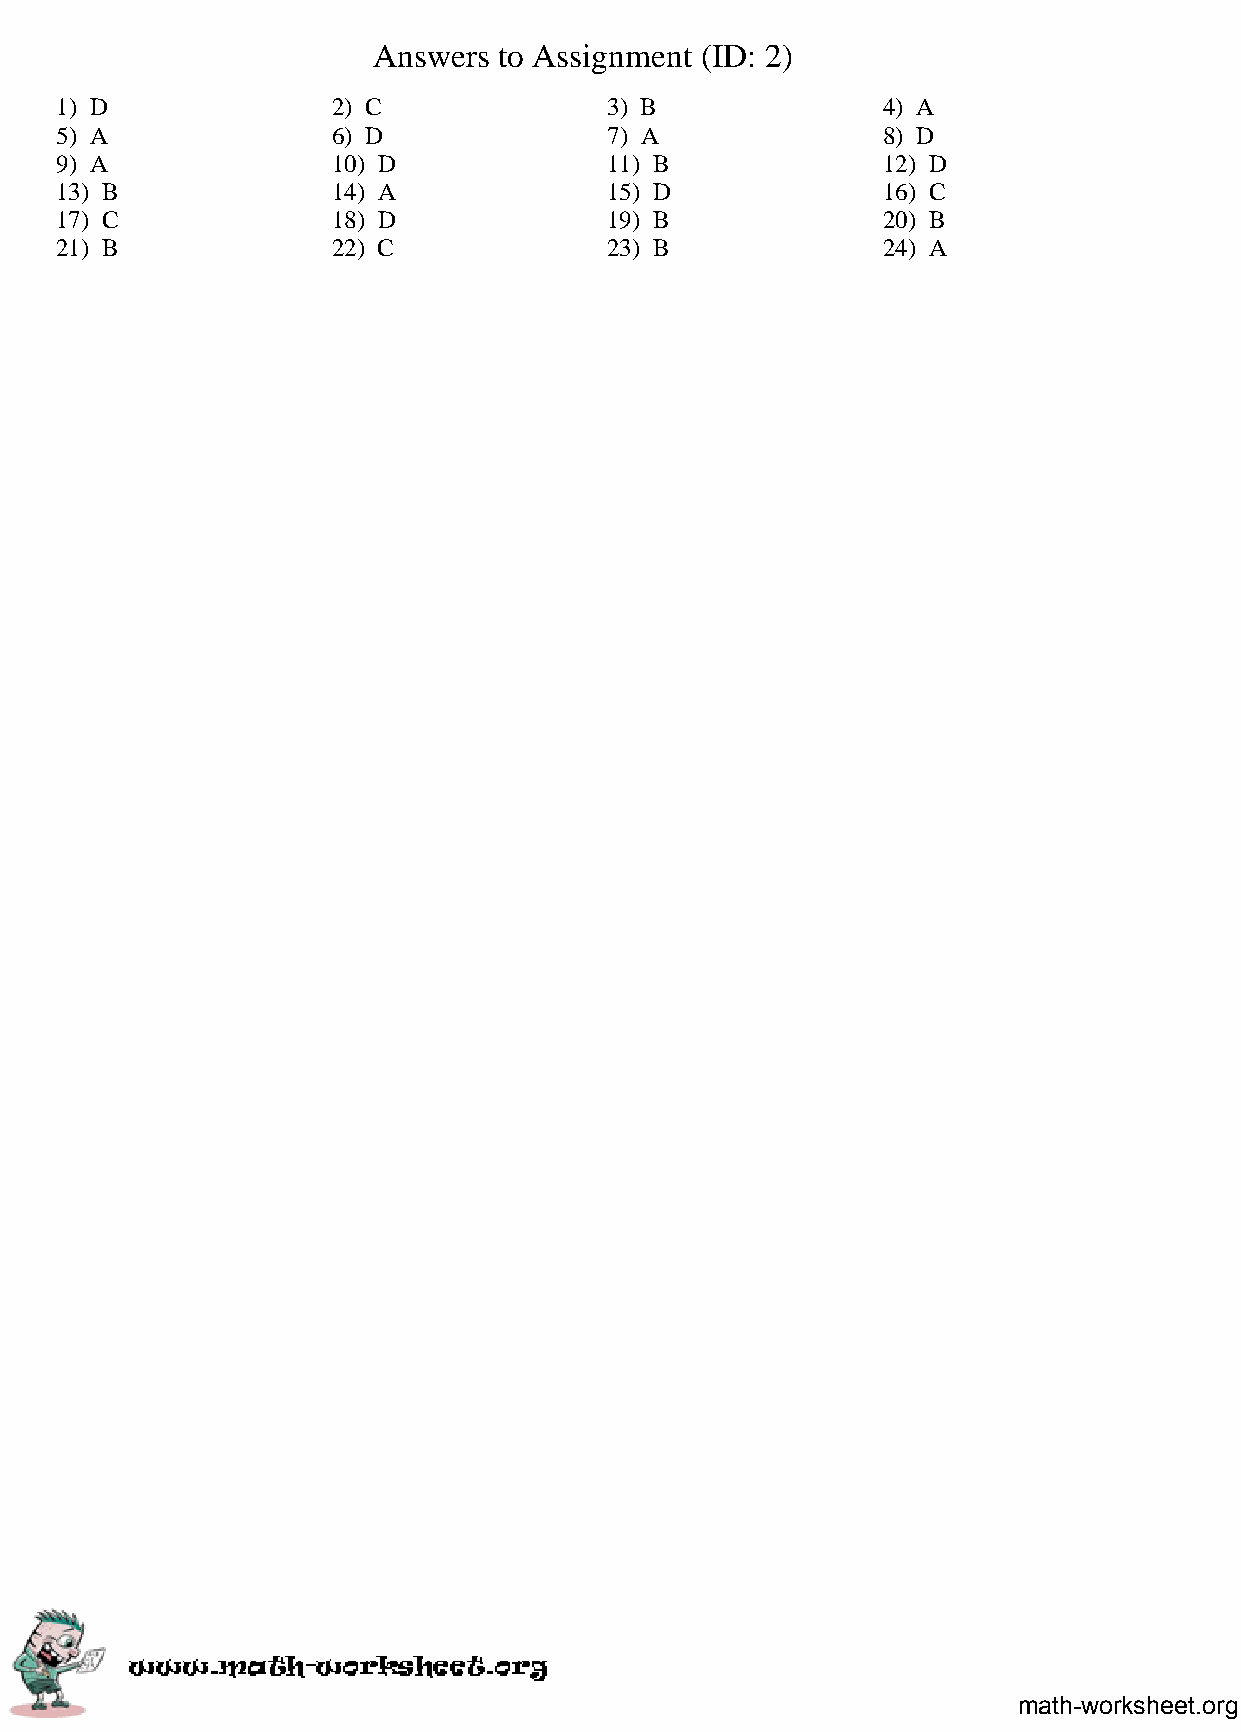
Answers to Assignment (ID: 2)
 1) D              2) C              3) B              4) A
 5) A              6) D              7) A              8) D
 9) A              10) D             11) B             12) D
 13) B             14) A             15) D             16) C
 17) C             18) D             19) B             20) B
 21) B             22) C             23) B             24) A
 math-worksheet.org